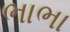
ભાભા